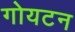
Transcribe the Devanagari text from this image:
गोयटन